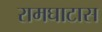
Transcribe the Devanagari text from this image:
रामघाटास